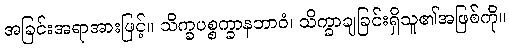
အခြင်းအရာအားဖြင့်။ သိက္ခပစ္စက္ခာနဘာဝံ၊ သိက္ခာချခြင်းရှိသူ၏အဖြစ်ကို။